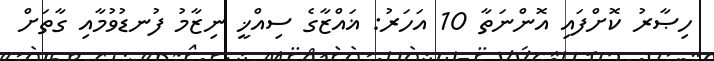
ހިޞާރު ކޮށްފައި އޮންނަތާ 10 އަހަރު: ޣައްޒާގެ ސިއްޚީ ނިޒާމު ފުނޑުވުމާއި ގާތަށް